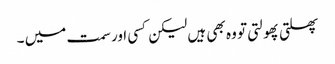
پھلتی پھولتی تو وہ بھی ہیں لیکن کسی اور سمت میں ۔